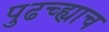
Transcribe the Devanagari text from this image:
पुढच्ह्याच